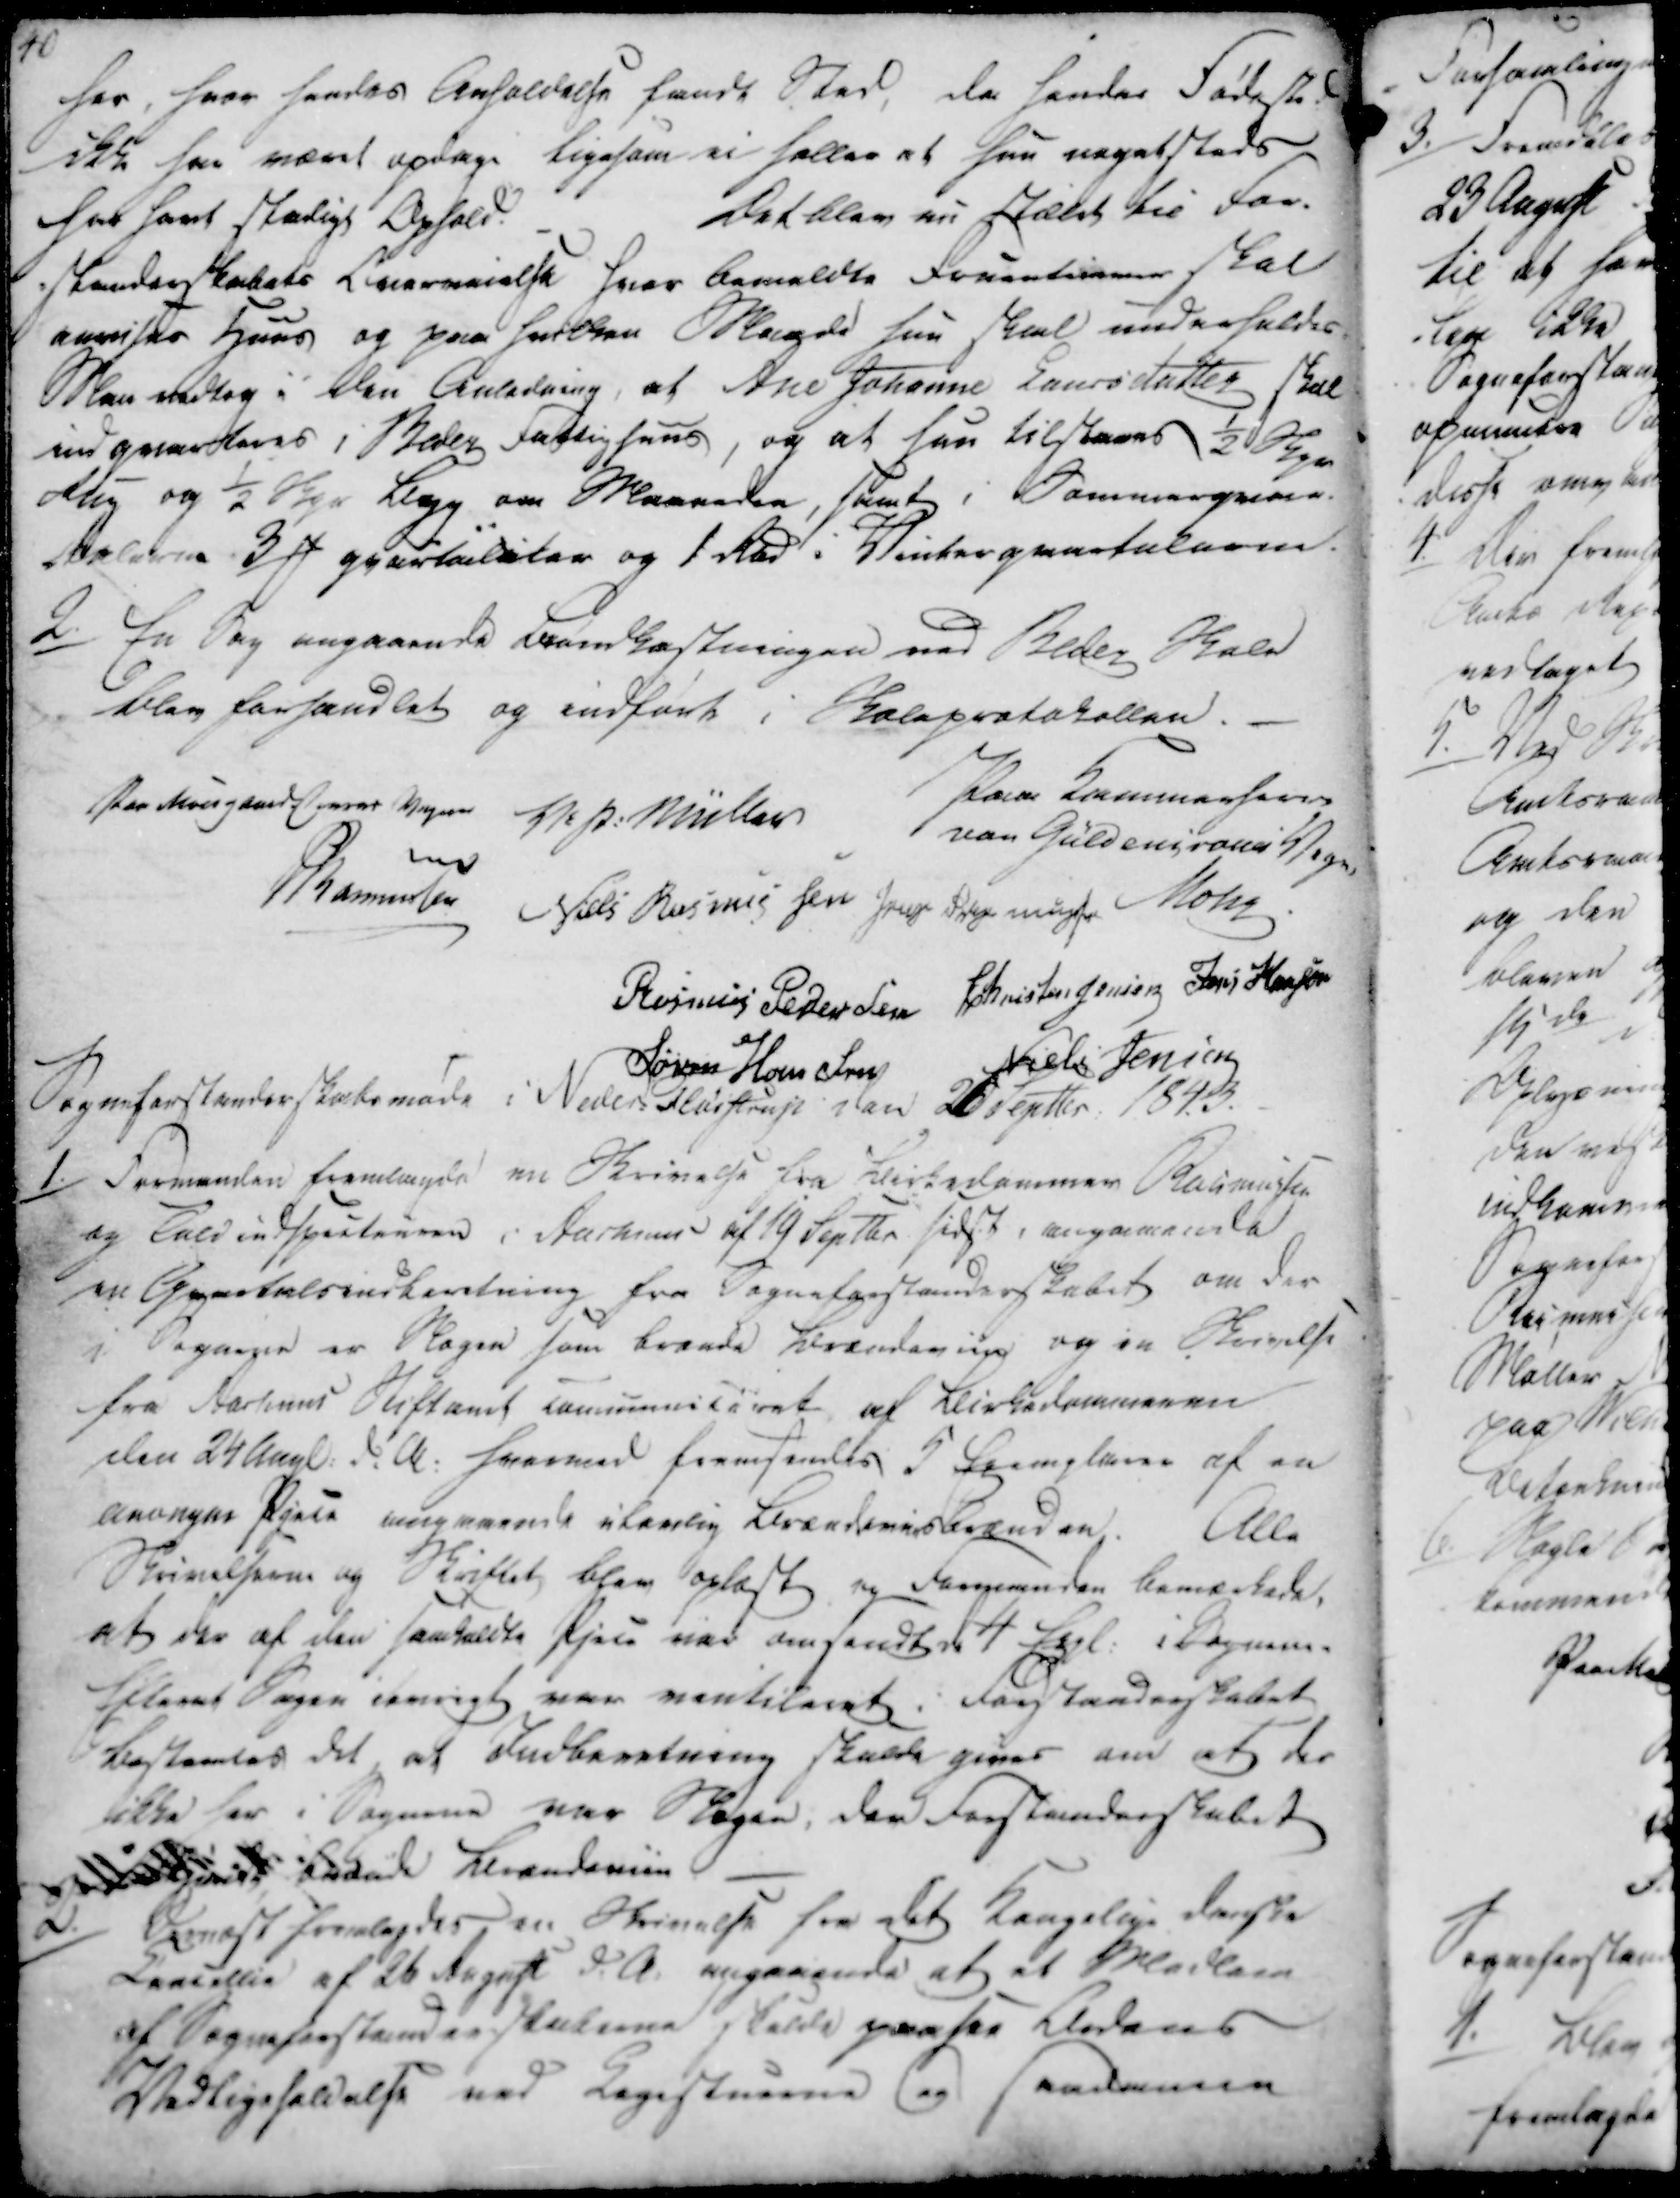
Transskription:
hos, hvor hendes Anholdelse fandt Sted, da hendes Fødested
ikke har været opdage ligesom vi holler at hun nogetsteds
har havt stadigt Ophold.
Det blev nu Stælt til For-
standerskabets Overveielse hvor Bemeldte Fruentimmer skal
anvises Huus og paa hvilken Maade hun skal underholdes.
Man vedtog i den Anledning, at Ane Johanne Laursdatter skal
indqvarteres i Beder Fattighus, og at hun tilstaaes ½ Skpr
Rug og ½ Skpr Byg om Maaneden, samt i Sommerqvar-
talerne 3 ₻ qvartaletes og 1 Rd i Vinterqvartalerne.

2./

En Bog angaaende Brandbesterigen ved Beder Skole
blev forhandlet og indført i Skoleprotokollen.

Stlaae Kammerherre
von Güldebscrones Vegne
Mohr

Paa Moesgaard Conrar Vegne
V. P. Müller
Rasmussen
Niels Rasmus Sen
Jens Ras mussen
Rasmus Pedersen
Christen Jensen
Jens Hansen
Niels Jensen
Søren Hou sres

Sogneforstanderskabsmøde i Neder-Fløistrup den 26 Septter 1843

1./

Formanden fremlagde en Skrivelse fra Birkedommer Rasmussen
og Toldindstyrelsen i Aarhus af 19 Septtr sidst, angaaende
en Qvartalsinberetning fra Sognforstanderskabet om der
i Sognene er Klagen som brænde Brændevin og en Skrivelse
fra Aarhus Stiftamt Communitaret af Birkedommeren
den 24 Augt. d.A. hvormed fremsendes 5 Sanglærer af en
anangae Kjole angaaende ufarlig Brændevins Brænden  Alle
Skrivelserne og Skriftet blev oplæst og Formanden bemærkede,
at der af den samkaldte Kjole var omsendt d 4 Egl. i Sognene-
Ellers Sagen iøvrigt var ventileret i Sogneforstanderskabet
bestemtes det at Indberetning skulde gives om at der
ikke her i Sognene var Skegen, der Forstanderskabet
bedede Lerandanien.

2./

Dernæst fremlagdes en Skrivelse fra det Kongelige danske
Cancellie af 26 August d.A. angaaende at et Medlem
af Sogneforstanderskaberne skulde paasee Ordens
Vedligeholdelse ved Legestuerne og Samdamen